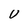
Character: U